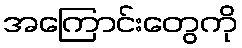
အကြောင်းတွေကို